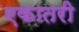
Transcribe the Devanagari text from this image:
एकातरी